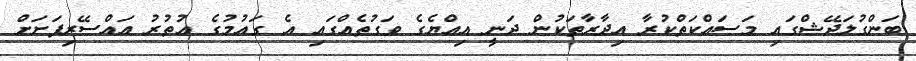
ބަންގުލަދޭޝްގައި މަސައްކަތްކުރާ އިދާރާތަކުން ދަނީ އިއްޔެގެ ވަގުތެއްގައި އެ ގައުމުގެ އުތުރު އައްސޭރިފަށަށް